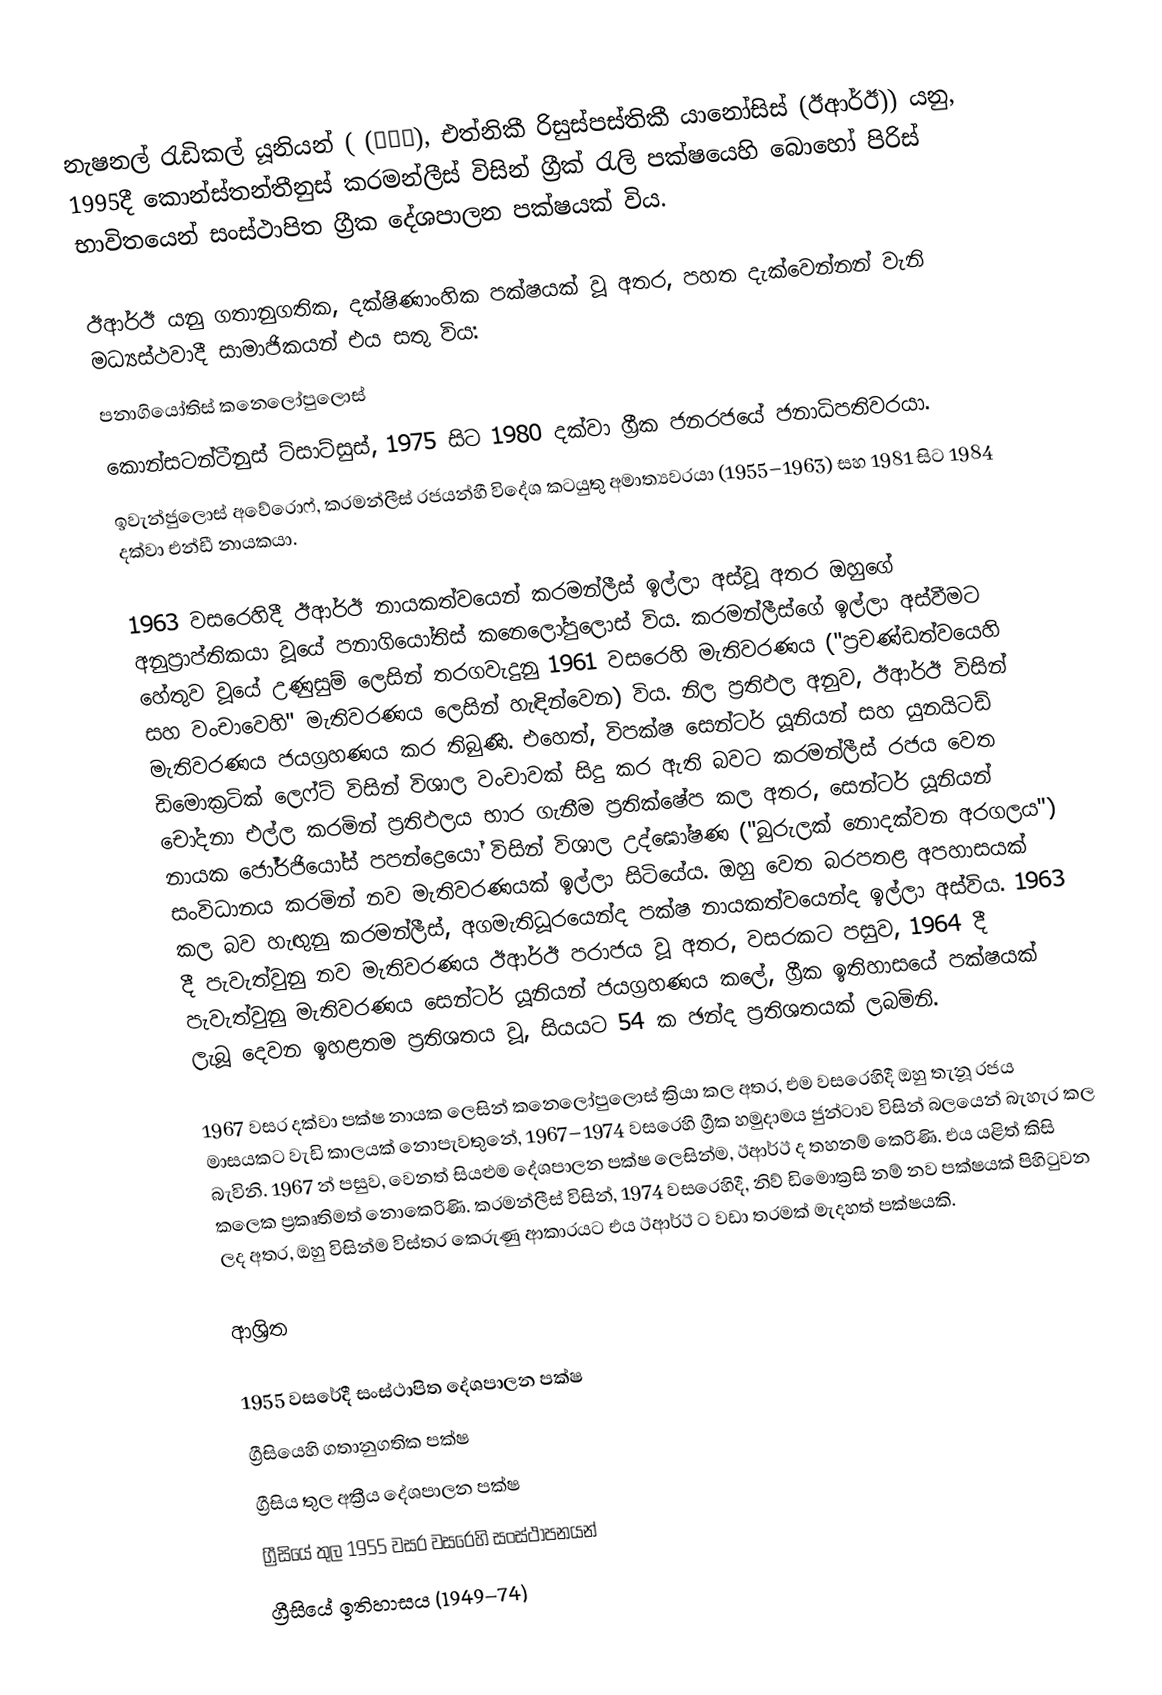
නැෂනල් රැඩිකල් යූනියන් ( (ΕΡΕ), එත්නිකී රිසුස්පස්තිකී යානෝසිස් (ඊආර්ඊ)) යනු,  1995දී  කොන්ස්තන්තීනුස් කරමන්ලීස් විසින් ග්‍රීක් රැලි පක්ෂයෙහි බොහෝ පිරිස් භාවිතයෙන්  සංස්ථාපිත  ග්‍රීක දේශපාලන පක්ෂයක් විය.

ඊආර්ඊ යනු ගතානුගතික, දක්ෂිණාංහික පක්ෂයක් වූ අතර, පහත දැක්වෙන්නන් වැනි මධ්‍යස්ථවාදී සාමාජිකයන් එය සතු විය:
පනාගියෝතිස් කනෙලෝපුලොස්
කොන්සටන්ටීනුස් ට්සාට්සුස්, 1975 සිට 1980 දක්වා ග්‍රීක ජනරජයේ ජනාධිපතිවරයා.
ඉවැන්ජුලොස් අවේරොෆ්, කරමන්ලීස්  රජයන්හී විදේශ කටයුතු අමාත්‍යවරයා (1955–1963) සහ 1981 සිට 1984 දක්වා එන්ඩී නායකයා.

1963 වසරෙහිදී ඊආර්ඊ නායකත්වයෙන්  කරමන්ලීස්  ඉල්ලා අස්වූ අතර ඔහුගේ අනුප්‍රාප්තිකයා වූයේ පනාගියෝතිස් කනෙලෝපුලොස් විය. කරමන්ලීස්ගේ ඉල්ලා අස්වීමට හේතුව වූයේ උණුසුම් ලෙසින් තරගවැදුනු  1961 වසරෙහි මැතිවරණය ("ප්‍රචණ්ඩත්වයෙහි සහ වංචාවෙහි" මැතිවරණය ලෙසින් හැඳින්වෙන) විය. නිල ප්‍රතිඵල අනුව, ඊආර්ඊ විසින් මැතිවරණය ජයග්‍රහණය කර තිබුණි. එහෙත්, විපක්ෂ සෙන්ටර් යූනියන් සහ යුනයිටඩ් ඩිමොක්‍රටික් ලෙෆ්ට් විසින්  විශාල වංචාවක් සිදු කර ඇති බවට  කරමන්ලීස් රජය වෙත චෝදනා එල්ල කරමින් ප්‍රතිඵලය භාර ගැනීම ප්‍රතික්ෂේප කල අතර, සෙන්ටර් යූනියන් නායක   ජෝර්ජියෝස් පපන්ද්‍රෙයෝ විසින් විශාල උද්ඝෝෂණ ("බුරුලක් නොදක්වන අරගලය") සංවිධානය කරමින්  නව මැතිවරණයක් ඉල්ලා සිටියේය. ඔහු වෙත බරපතළ අපහාසයක් කල බව හැඟුනු  කරමන්ලීස්, අගමැතිධූරයෙන්ද පක්ෂ නායකත්වයෙන්ද ඉල්ලා අස්විය. 1963 දී පැවැත්වුනු නව මැතිවරණය ඊආර්ඊ පරාජය වූ අතර, වසරකට පසුව, 1964 දී පැවැත්වුනු මැතිවරණය සෙන්ටර් යූනියන් ජයග්‍රහණය කලේ, ග්‍රීක ඉතිහාසයේ පක්ෂයක් ලැබූ දෙවන ඉහළතම ප්‍රතිශතය වූ, සියයට 54 ක ඡන්ද ප්‍රතිශතයක් ලබමිනි.

1967 වසර දක්වා පක්ෂ නායක ලෙසින් කනෙලෝපුලොස් ක්‍රියා කල අතර, එම වසරෙහිදී ඔහු තැනූ රජය මාසයකට වැඩි කාලයක් නොපැවතුනේ, 1967–1974 වසරෙහි ග්‍රීක හමුදාමය ජුන්ටාව විසින් බලයෙන් බැහැර කල බැවිනි. 1967 න් පසුව, වෙනත් සියළුම දේශපාලන පක්ෂ ලෙසින්ම, ඊආර්ඊ ද තහනම් කෙරිණි. එය යළිත් කිසි කලෙක ප්‍රකෘතිමත් නොකෙරිණි.  කරමන්ලීස් විසින්, 1974 වසරෙහිදී,    නිව් ඩිමොක්‍රසි නම් නව පක්ෂයක් පිහිටුවන ලද අතර, ඔහු විසින්ම විස්තර කෙරුණු ආකාරයට එය ඊආර්ඊ ට වඩා තරමක් මැදහත් පක්ෂයකි.

ආශ්‍රිත

 1955 වසරේදී සංස්ථාපිත දේශපාලන පක්ෂ
ග්‍රීසියෙහි ගතානුගතික පක්ෂ
ග්‍රීසිය තුල අක්‍රීය දේශපාලන පක්ෂ
ග්‍රීසියේ තුල 1955 වසර වසරෙහි සංස්ථාපනයන්
ග්‍රීසියේ ඉතිහාසය (1949–74)